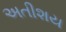
અતીશય